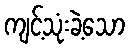
ကျင့်သုံးခဲ့သော